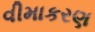
વીમાકરણ